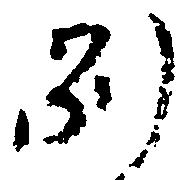
別